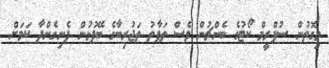
މިގޮތުން ސުޕްރީމް ކޯޓުގެ ބެންޗުން ވެސް ތަފާތު ތަޖުރިބާގެ ބޭފުޅުން ފެނިގެންދާ ކަމަށް